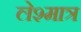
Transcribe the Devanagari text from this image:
लेश्मात्र